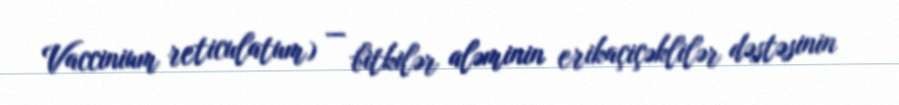
Vaccinium reticulatum) — bitkilər aləminin erikaçiçəklilər dəstəsinin